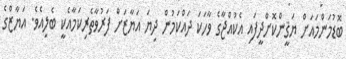
ބޮޑުމަންމައަށް ޔަޤީންކޮށްދީފައި އެކުއްޖާގެ ވާހަކަ ދައްކަމުން ދިޔަ އަޔާޒަށް ފަރުވާތެރިކަމާއެކީ ބެލިއެވެ. އަޔާޒްގެ